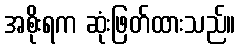
အစိုးရက ဆုံးဖြတ်ထားသည်။